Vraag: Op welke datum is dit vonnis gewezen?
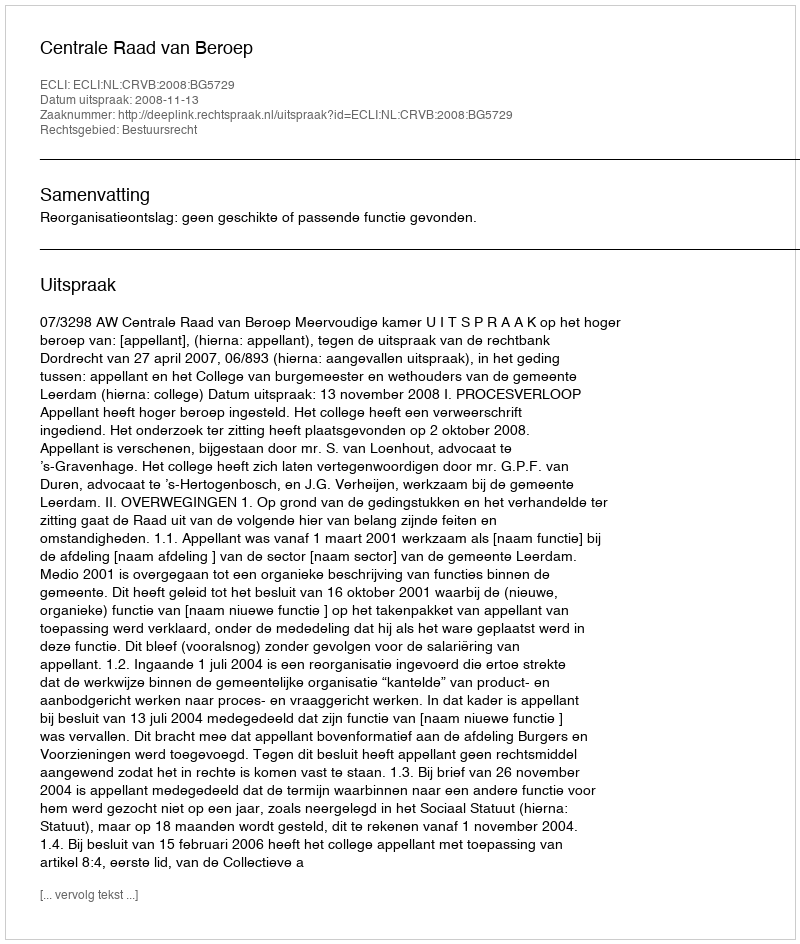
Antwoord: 2008-11-13